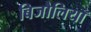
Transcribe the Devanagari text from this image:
बिजौलियाँ